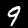
Digit: 9